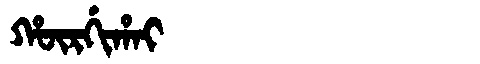
Manchu: ᡥᡡᡵᡤᡳᡥᠠᡳ
Romanization: HŪRGIHAI